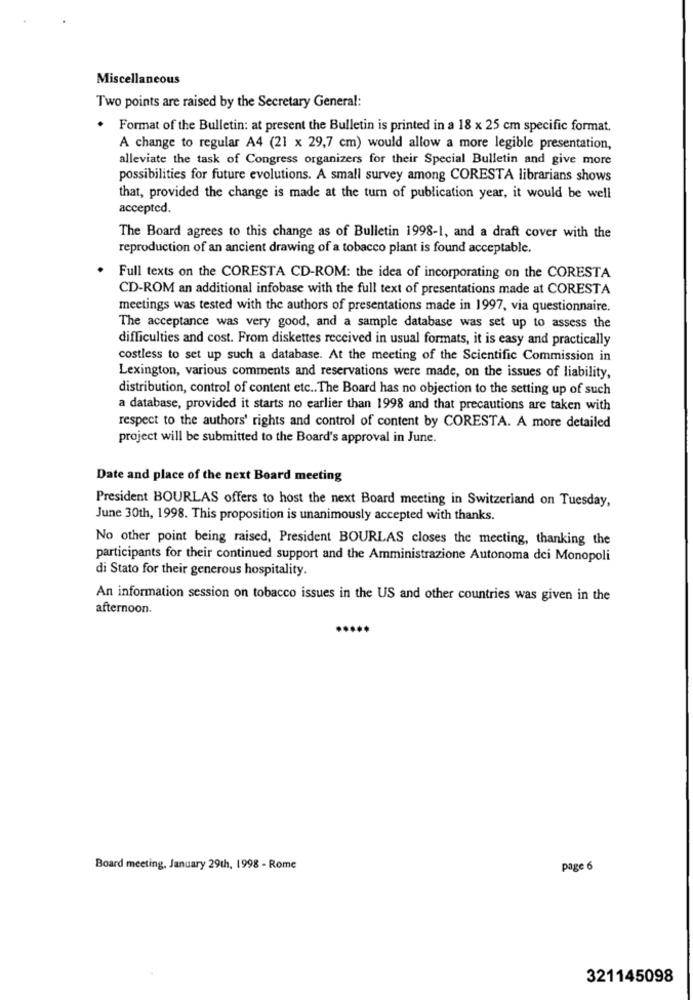
Miscellaneous
Two points are raised by the Secretary General:
. Format of the Bulletin: at present the Bulletin is printed in a 18 x 25 cm specific format.
A change to regular A4 (21 x 29,7 cm) would allow a more legible presentation,
alleviate the task of Congress organizers for their Special Bulletin and give more
possibilities for future evolutions. A small survey among CORESTA librarians shows
that, provided the change is made at the turn of publication year, it would be well
accepted.
The Board agrees to this change as of Bulletin 1998-1, and a draft cover with the
reproduction of an ancient drawing of a tobacco plant is found acceptable.
Full texts on the CORESTA CD-ROM: the idea of incorporating on the CORESTA
CD-ROM an additional infobase with the full text of presentations made at CORESTA
meetings was tested with the authors of presentations made in 1997, via questionnaire.
The acceptance was very good, and a sample database was set up to assess the
difficulties and cost. From diskettes received in usual formats, it is easy and practically
costless to set up such a database. At the meeting of the Scientific Commission in
Lexington, various comments and reservations were made, on the issues of liability,
distribution, control of content etc .. The Board has no objection to the setting up of such
a database, provided it starts no earlier than 1998 and that precautions are taken with
respect to the authors' rights and control of content by CORESTA. A more detailed
project will be submitted to the Board's approval in June.
Date and place of the next Board meeting
President BOURLAS offers to host the next Board meeting in Switzerland on Tuesday,
June 30th, 1998. This proposition is unanimously accepted with thanks.
No other point being raised, President BOURLAS closes the meeting, thanking the
participants for their continued support and the Amministrazione Autonoma dei Monopoli
di Stato for their generous hospitality.
An information session on tobacco issues in the US and other countries was given in the
afternoon.
..
Board meeting, January 29th, 1998 - Rome
page 6
321145098